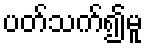
ပတ်သက်၍မူ